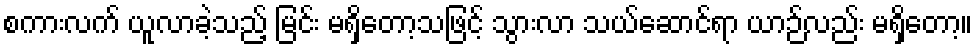
စကားလက် ယူလာခဲ့သည့် မြင်း မရှိတော့သဖြင့် သွားလာ သယ်ဆောင်ရာ ယာဉ်လည်း မရှိတော့။